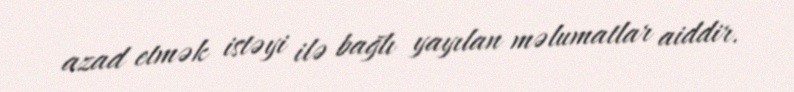
azad etmək istəyi ilə bağlı yayılan məlumatlar aiddir.